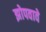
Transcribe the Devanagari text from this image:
झोपवावे